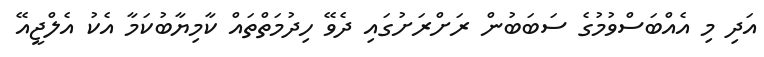
އަދި މި އެއްބަސްވުމުގެ ސަބަބުން ރަށްރަށުގައި ދެވޭ ހިދުމަތްތައް ކާމިޔާބުކަމާ އެކު އެލްޖީއޭ